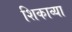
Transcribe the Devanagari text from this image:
शिकाव्या